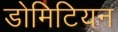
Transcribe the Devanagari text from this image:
डोमिटियन